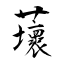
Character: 蘾